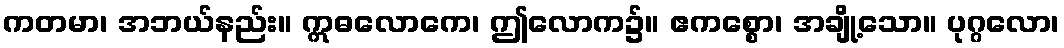
ကတမာ၊ အဘယ်နည်း။ ဣဓလောကေ၊ ဤလောက၌။ ဧကစ္စော၊ အချို့သော။ ပုဂ္ဂလော၊